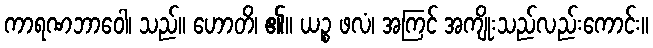
ကာရဏဘာဝေါ၊ သည်။ ဟောတိ၊ ၏။ ယဉ္စ ဖလံ၊ အကြင် အကျိုးသည်လည်းကောင်း။